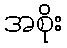
အစိုး